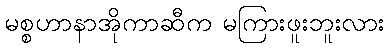
မစ္စဟာနာအိုကာဆီက မကြားဖူးဘူးလား